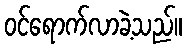
ဝင်ရောက်လာခဲ့သည်။